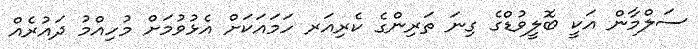
ސަލްމާން އަކީ ބޮލީވުޑްގެ ގިނަ ތަރިންގެ ކެރިއަރ ހަމައަކަށް އެޅުވުމަށް މުހިއްމު ދައުރެއް